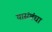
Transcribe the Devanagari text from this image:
यासंबंधा